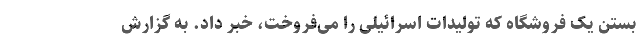
بستن یک فروشگاه که تولیدات اسرائیلی را می‌فروخت، خبر داد. به گزارش